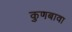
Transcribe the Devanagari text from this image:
कुणबावा